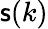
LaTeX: \mathsf{s}(k)